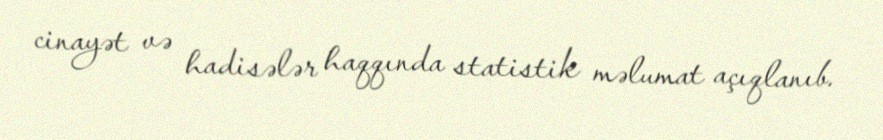
cinayət və hadisələr haqqında statistik məlumat açıqlanıb.